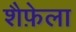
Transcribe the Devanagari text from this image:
शैफ़ेला